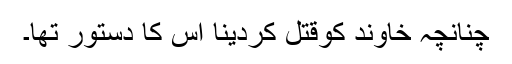
چنانچہ خاوند کوقتل کردینا اس کا دستور تھا۔